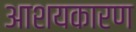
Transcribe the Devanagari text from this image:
आशयकारण